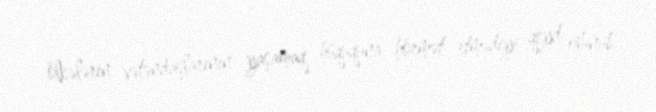
ölkələrin vətəndaşlarının yaşamaq hüququna hörmət etmədiyi qeyd olunub.